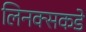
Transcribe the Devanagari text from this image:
लिनक्सकडे